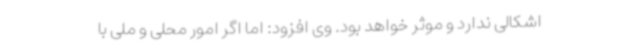
اشکالی ندارد و موثر خواهد بود. وی افزود: اما اگر امور محلی و ملی با